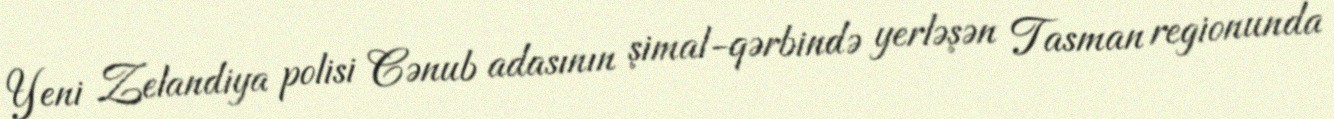
Yeni Zelandiya polisi Cənub adasının şimal-qərbində yerləşən Tasman regionunda